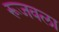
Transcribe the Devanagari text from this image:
रूजवला